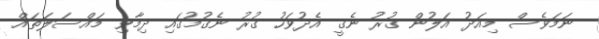
ނަމަވެސް މިއަދު އަލުން ގުރު ނެގީ އެދުވަހު ގުރު ނެގުމުގައި ދިމާވި މައްސަލަތައް